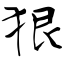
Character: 狠